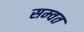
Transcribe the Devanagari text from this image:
सम्‍वत